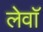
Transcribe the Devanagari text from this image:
लेवॉ